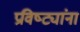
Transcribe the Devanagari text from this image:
प्रविष्ट्यांना